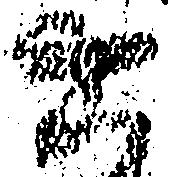
六